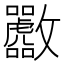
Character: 𪯟